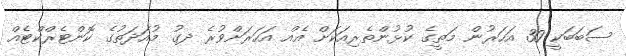
ސަބަބަކީ 30 އަހަރުން މަތީގެ ކުޅުންތެރިއަކަށް އެއް އަހަރަށްވުރެ ދގު މުއަދަތުގެ ކޮންޓެރްކްޓެއް